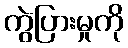
ကွဲပြားမှုကို